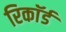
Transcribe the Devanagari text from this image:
रिकाॅर्ड